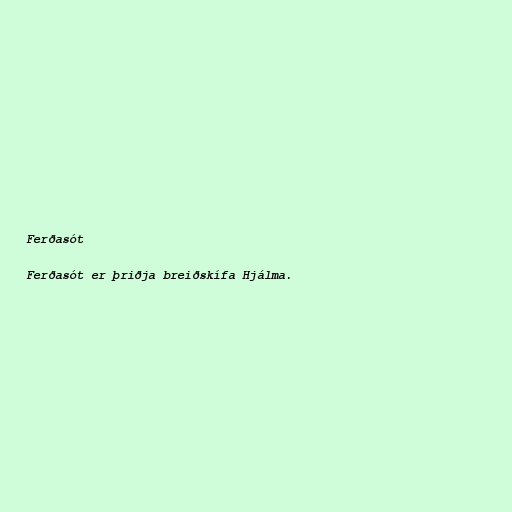
Ferðasót

Ferðasót er þriðja breiðskífa Hjálma.